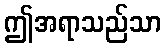
ဤအရာသည်သာ